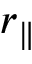
r _ { \parallel }